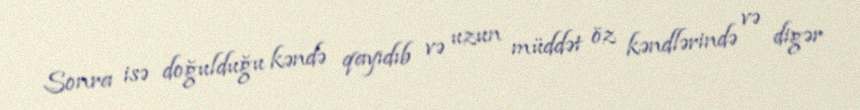
Sonra isə doğulduğu kəndə qayıdıb və uzun müddət öz kəndlərində və digər